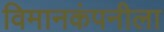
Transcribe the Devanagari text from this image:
विमानकंपनीला